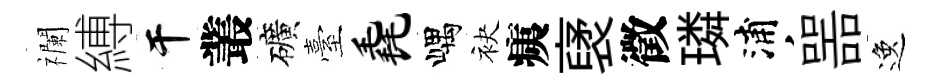
襴縛干叢礦臺毳嵎袂痍裦徵璘浦噐逸